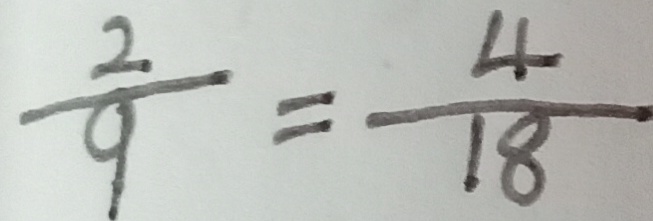
\frac { 2 } { 9 } = \frac { 4 } { 1 8 }